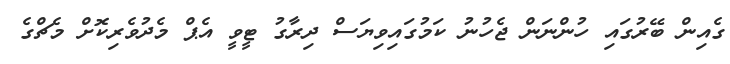
ގެއިން ބޭރުގައި ހުންނަން ޖެހުނު ކަމުގައިވިޔަސް ދިރާގު ޓީވީ އެޕް މެދުވެރިކޮށް މެޗްގެ